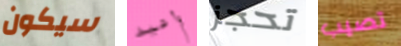
سيكون وأعيد تحجز تصيب